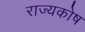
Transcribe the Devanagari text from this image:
राज्‍यकोष